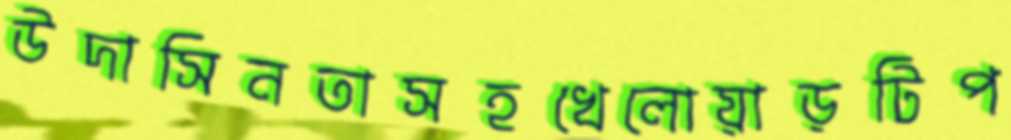
উদাসিনতাসহখেলোয়াড়টিপ